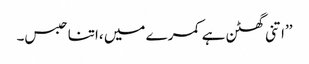
’’اتنی گھٹن ہے کمرے میں ،اتنا حبس۔